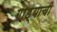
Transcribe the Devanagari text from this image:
गाड्याची